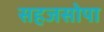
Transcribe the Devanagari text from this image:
सहजसोपा